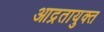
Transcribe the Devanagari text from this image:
आद्रतायुक्त